Civil Veterinary Dept. Bombay admin report 1914-1922 - 1914-1922
Year: 1914
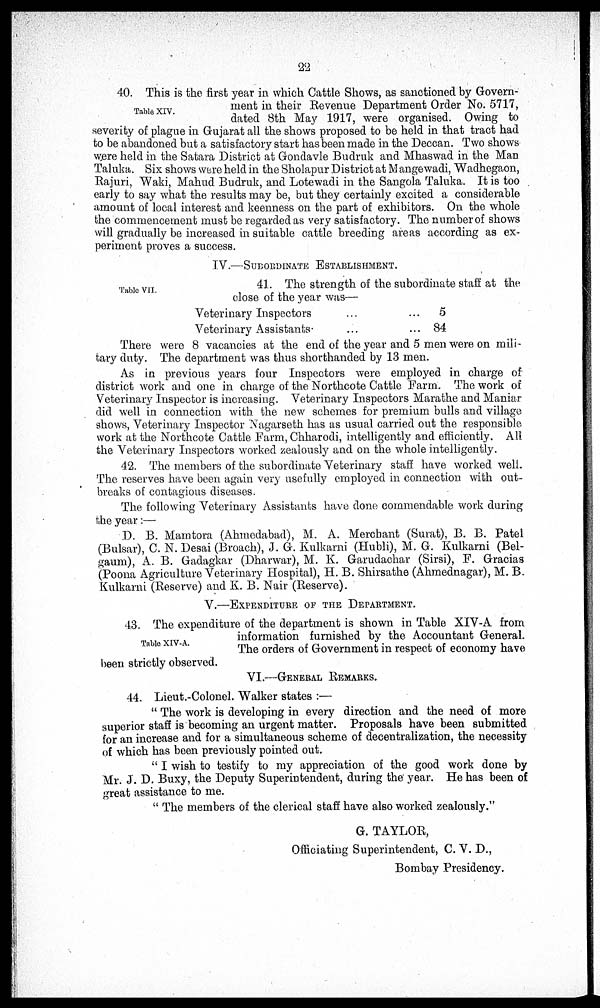
22
Table XIV.
40. This is the first year in which Cattle Shows, as sanctioned by Govern-
ment in their Revenue Department Order No. 5717,
dated 8th May 1917, were organised. Owing to
severity of plague in Gujarat all the shows proposed to be held in that tract had
to be abandoned but a satisfactory start has been made in the Deccan. Two shows
were held in the Satara District at Gondavle Budruk and Mhaswad in the Man
Taluka. Six shows were held in the Sholapur District at Mangewadi, Wadhegaon,
Rajuri, Waki, Mahud Budruk, and Lotewadi in the Sangola Taluka. It is too
early to say what the results may be, but they certainly excited a considerable
amount of local interest and keenness on the part of exhibitors. On the whole
the commencement must be regarded as very satisfactory. The number of shows
will gradually be increased in suitable cattle breeding areas according as ex-
periment proves a success.
IV.—SUBORDINATE ESTABLISHMENT.
Table VII.
41. The strength of the subordinate staff at the
close of the year was—
Veterinary Inspectors ... ...
Veterinary Assistants. ... ...
5
84
There were 8 vacancies at the end of the year and 5 men were on mili-
tary duty. The department was thus shorthanded by 13 men.
As in previous years four Inspectors were employed in charge of
district work and one in charge of the Northcote Cattle Farm. The work of
Veterinary Inspector is increasing. Veterinary Inspectors Marathe and Maniar
did well in connection with the new schemes for premium bulls and village
shows, Veterinary Inspector Nagarseth has as usual carried out the responsible
work at the Northcote Cattle Farm, Chharodi, intelligently and efficiently. All
the Veterinary Inspectors worked zealously and on the whole intelligently.
42. The members of the subordinate Veterinary staff have worked well.
The reserves have been again very usefully employed in connection with out-
breaks of contagious diseases.
The following Veterinary Assistants have done commendable work during
the year:—
D. B. Mamtora (Ahmedabad), M. A. Merchant (Surat), B. B. Patel
(Bulsar), C. N. Desai (Broach), J. G. Kulkarni (Hubli), M. G. Kulkarni (Bel-
gaum), A. B. Gadagkar (Dharwar), M. K. Garudachar (Sirsi), F. Gracias
(Poona Agriculture Veterinary Hospital), H. B. Shirsathe (Ahmednagar), M. B.
Kulkarni (Reserve) and K. B. Nair (Reserve).
V.—EXPENDITURE OF THE DEPARTMENT.
Table XIV-A.
43. The expenditure of the department is shown in Table XIV-A from
information furnished by the Accountant General.
The orders of Government in respect of economy have
been strictly observed.
VI.—GENERAL REMARKS.
44. Lieut.-Colonel. Walker states :—
" The work is developing in every direction and the need of more
superior staff is becoming an urgent matter. Proposals have been submitted
for an increase and for a simultaneous scheme of decentralization, the necessity
of which has been previously pointed out.
"I wish to testify to my appreciation of the good work done by
Mr. J. D. Buxy, the Deputy Superintendent, during the year. He has been of
great assistance to me.
" The members of the clerical staff have also worked zealously."
G. TAYLOR,
Officiating Superintendent, C. V. D.,
Bombay Presidency.